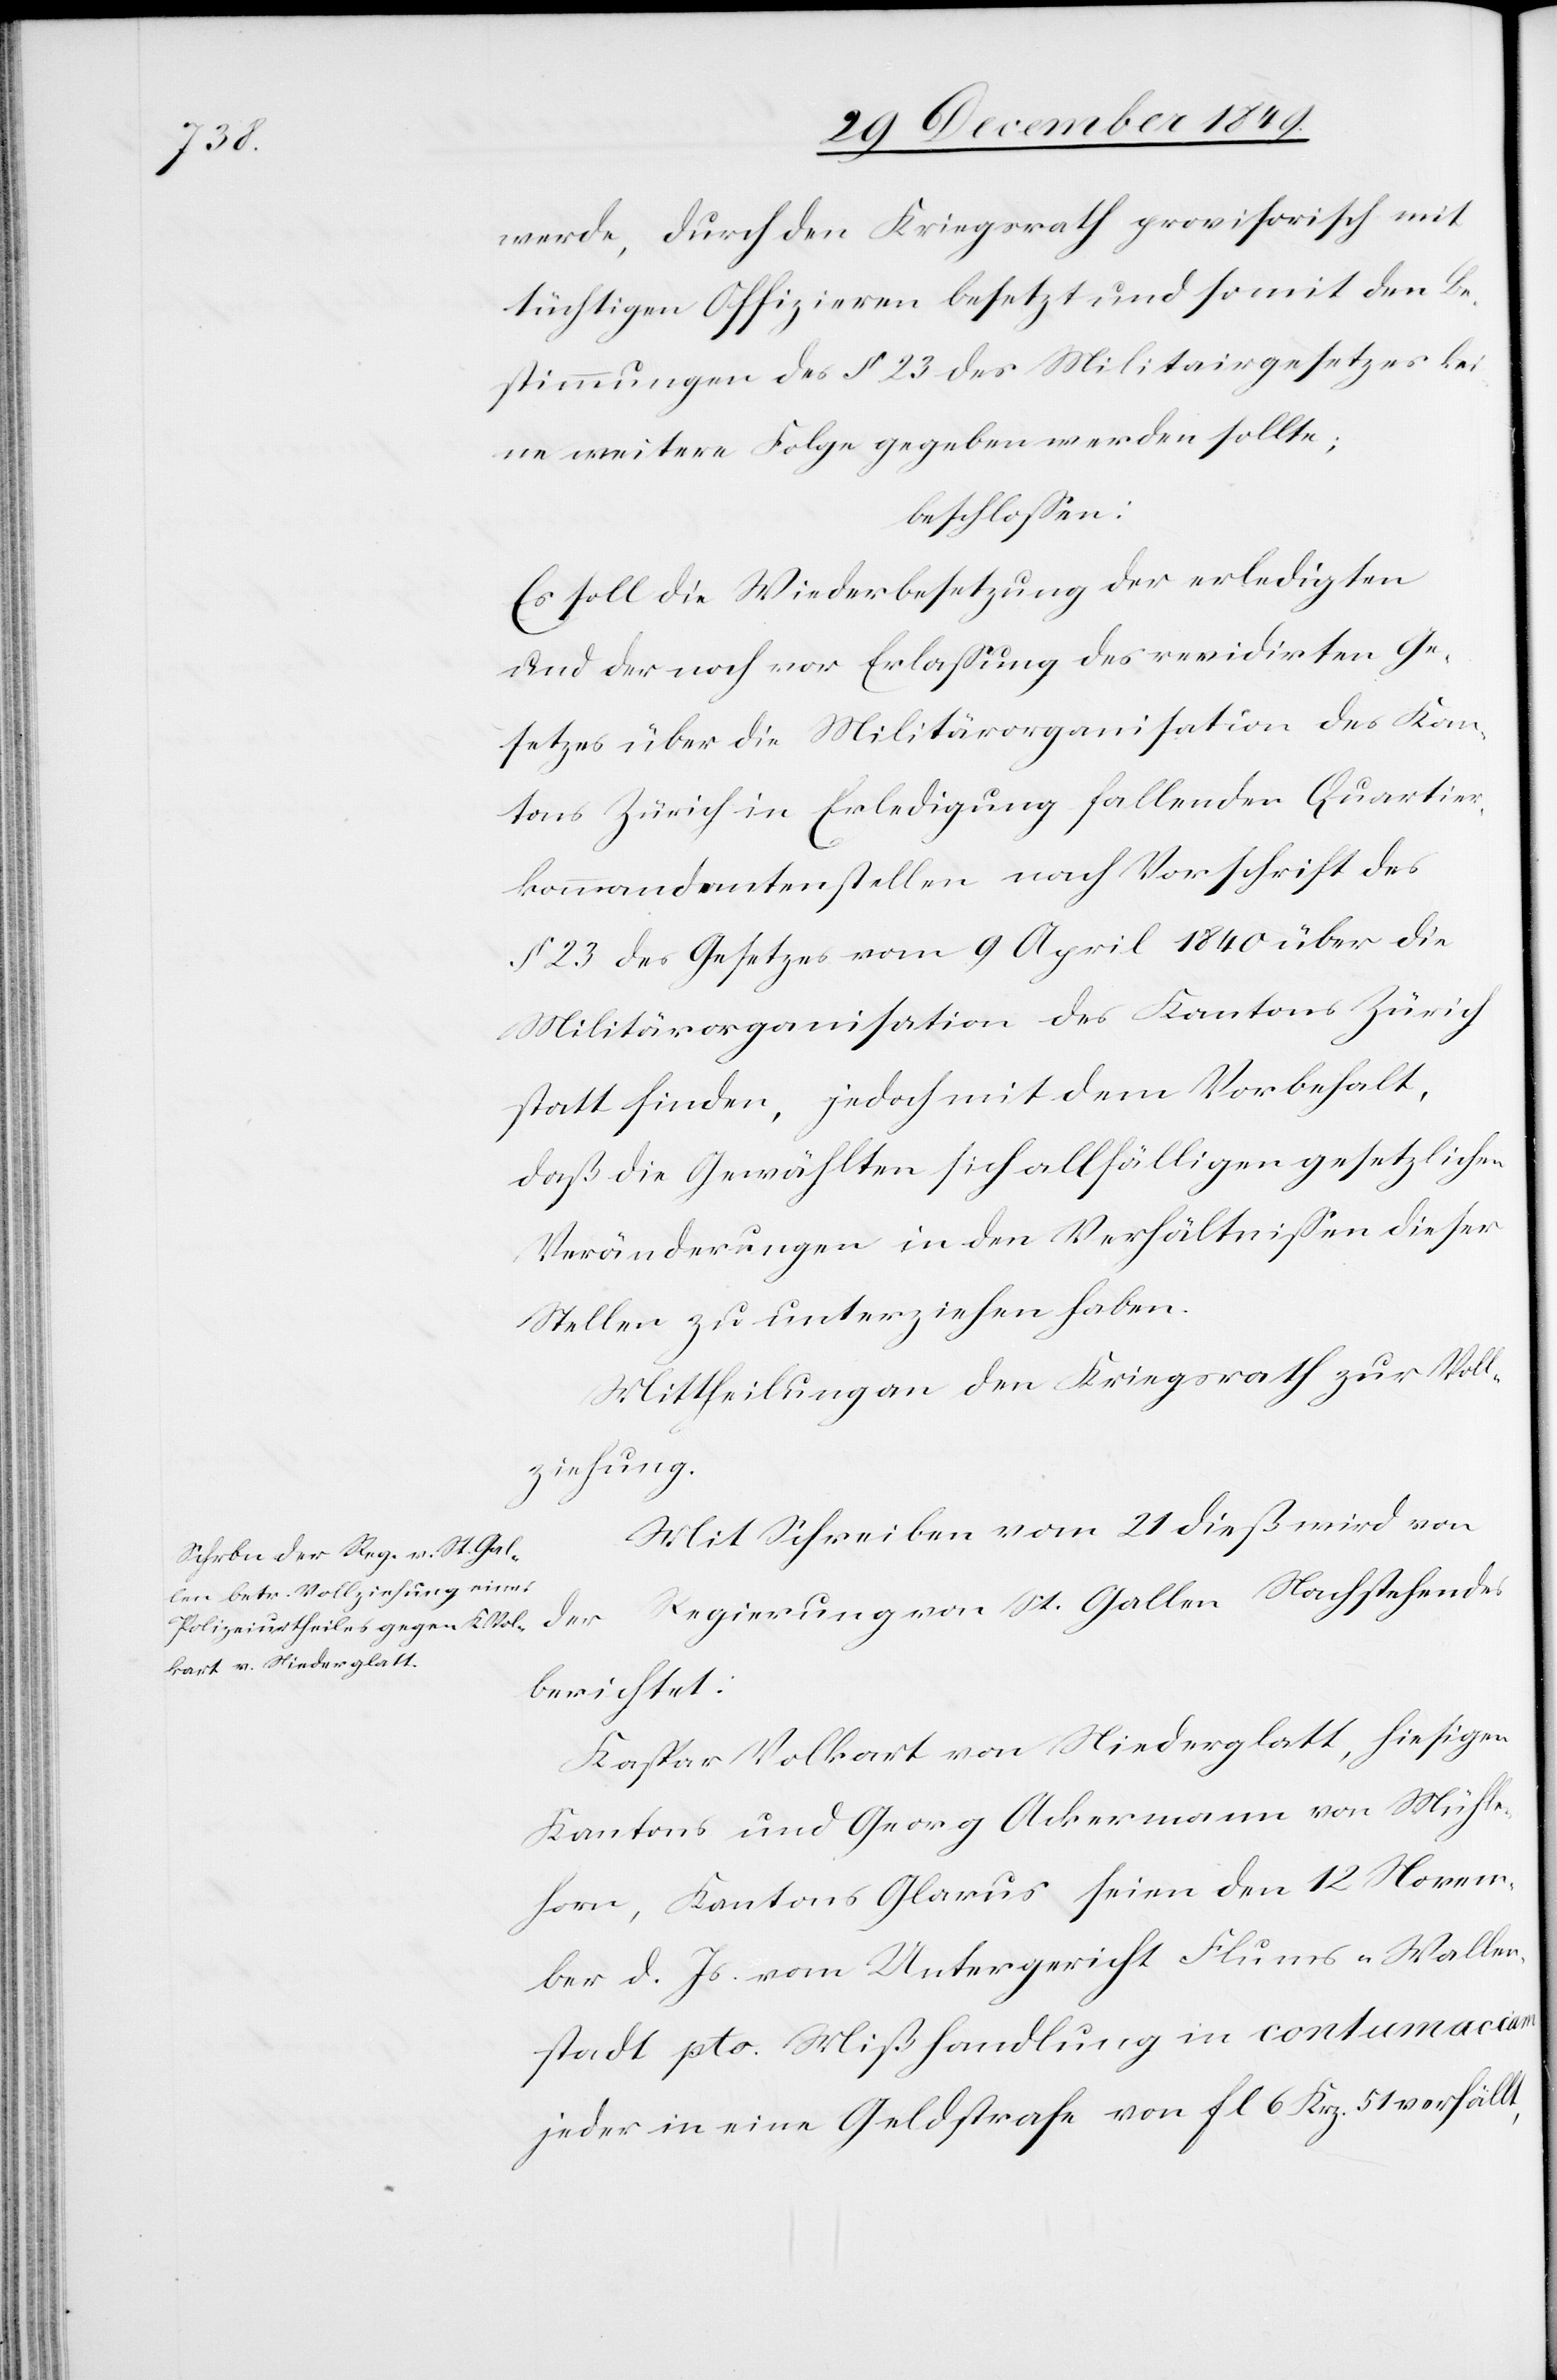
werde, durch den Kriegsrath provisorisch mit
tüchtigen Offizieren besetzt und somit den Be¬
stimmungen des § 23 des Militairgesetzes kei¬
ne weitere Folge gegeben werden sollte;
beschloßen:
Es soll die Wiederbesetzung der erledigten
und der noch vor Erlaßung des revidirten Ge¬
setzes über die Militärorganisation des Kan¬
tons Zürich in Erledigung fallenden Quartier¬
kommandantenstellen nach Vorschrift des
§ 23 des Gesetzes vom 9 April 1840 über die
Militärorganisation des Kantons Zürich
statt finden, jedoch mit dem Vorbehalt,
daß die Gewählten sich allfälligen gesetzlichen
Veränderungen in den Verhältnißen dieser
Stellen zu unterziehen haben.
Mittheilung an den Kriegsrath zur Voll¬
ziehung.
Mit Schreiben vom 21 dieß wird von
Regierung von St. Gallen Nachstehendes
der
berichtet:
Kaspar Volkart von Niederglatt, hiesigen
Kantons und Georg Ackermann von Mühle¬
horn, Kantons Glarus seien den 12 Novem¬
ber d. Js. vom Untergericht Flums-Wallen¬
stadt pto. Mißhandlung in contumaciam
jeder in eine Geldstrafe von fl 6 Krz 51 verfällt,